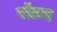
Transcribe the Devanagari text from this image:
रॉटम